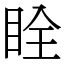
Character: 䀬